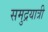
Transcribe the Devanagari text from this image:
समुद्रयात्री